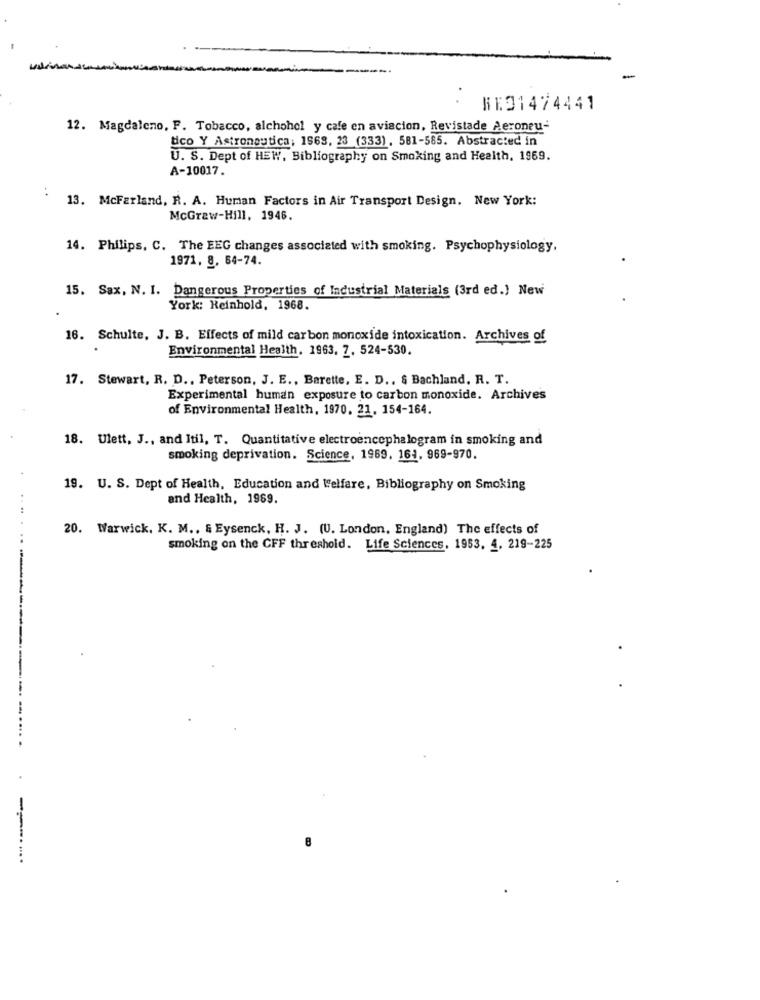
ME31474441
12. Magdaleno, F. Tobacco, alchohol y cafe en aviacion, Revistade Aeroneu-
tico Y Astronautica; 1968, 23 (333), 581-585. Abstracted in
U. S. Dept of HEW, Bibliography on Smoking and Health, 1969.
A-10017.
:
13. McFarland, R. A. Human Factors in Air Transport Design. New York:
McGraw-Hill, 1946.
14. Philips, C. The EEG changes associated with smoking. Psychophysiology.
1971, 8, 64-74.
15. Sax, N. 1. Dangerous Properties of Industrial Materials (3rd ed.) New
York: Reinhold, 1968.
16. Schulte, J. B. Effects of mild carbon monoxide intoxication. Archives of
Environmental Health, 1963, 7, 524-530.
17. Stewart, R. D ., Peterson, J. E ., Barette, E. D .. $ Bachland. R. T.
Experimental human exposure to carbon monoxide. Archives
of Environmental Health, 1970. 21. 154-164.
18. Ulett, J ., and Itil, T. Quantitative electroencephalogram in smoking and
smoking deprivation. Science, 1969, 161, 969-970.
19. U. S. Dept of Health, Education and Welfare, Bibliography on Smoking
and Health, 1969.
20. Warwick. K. M ., & Eysenck, H. J. (U. London, England) The effects of
..
smoking on the CFF threshold. Life Sciences, 1953, 4, 219-225